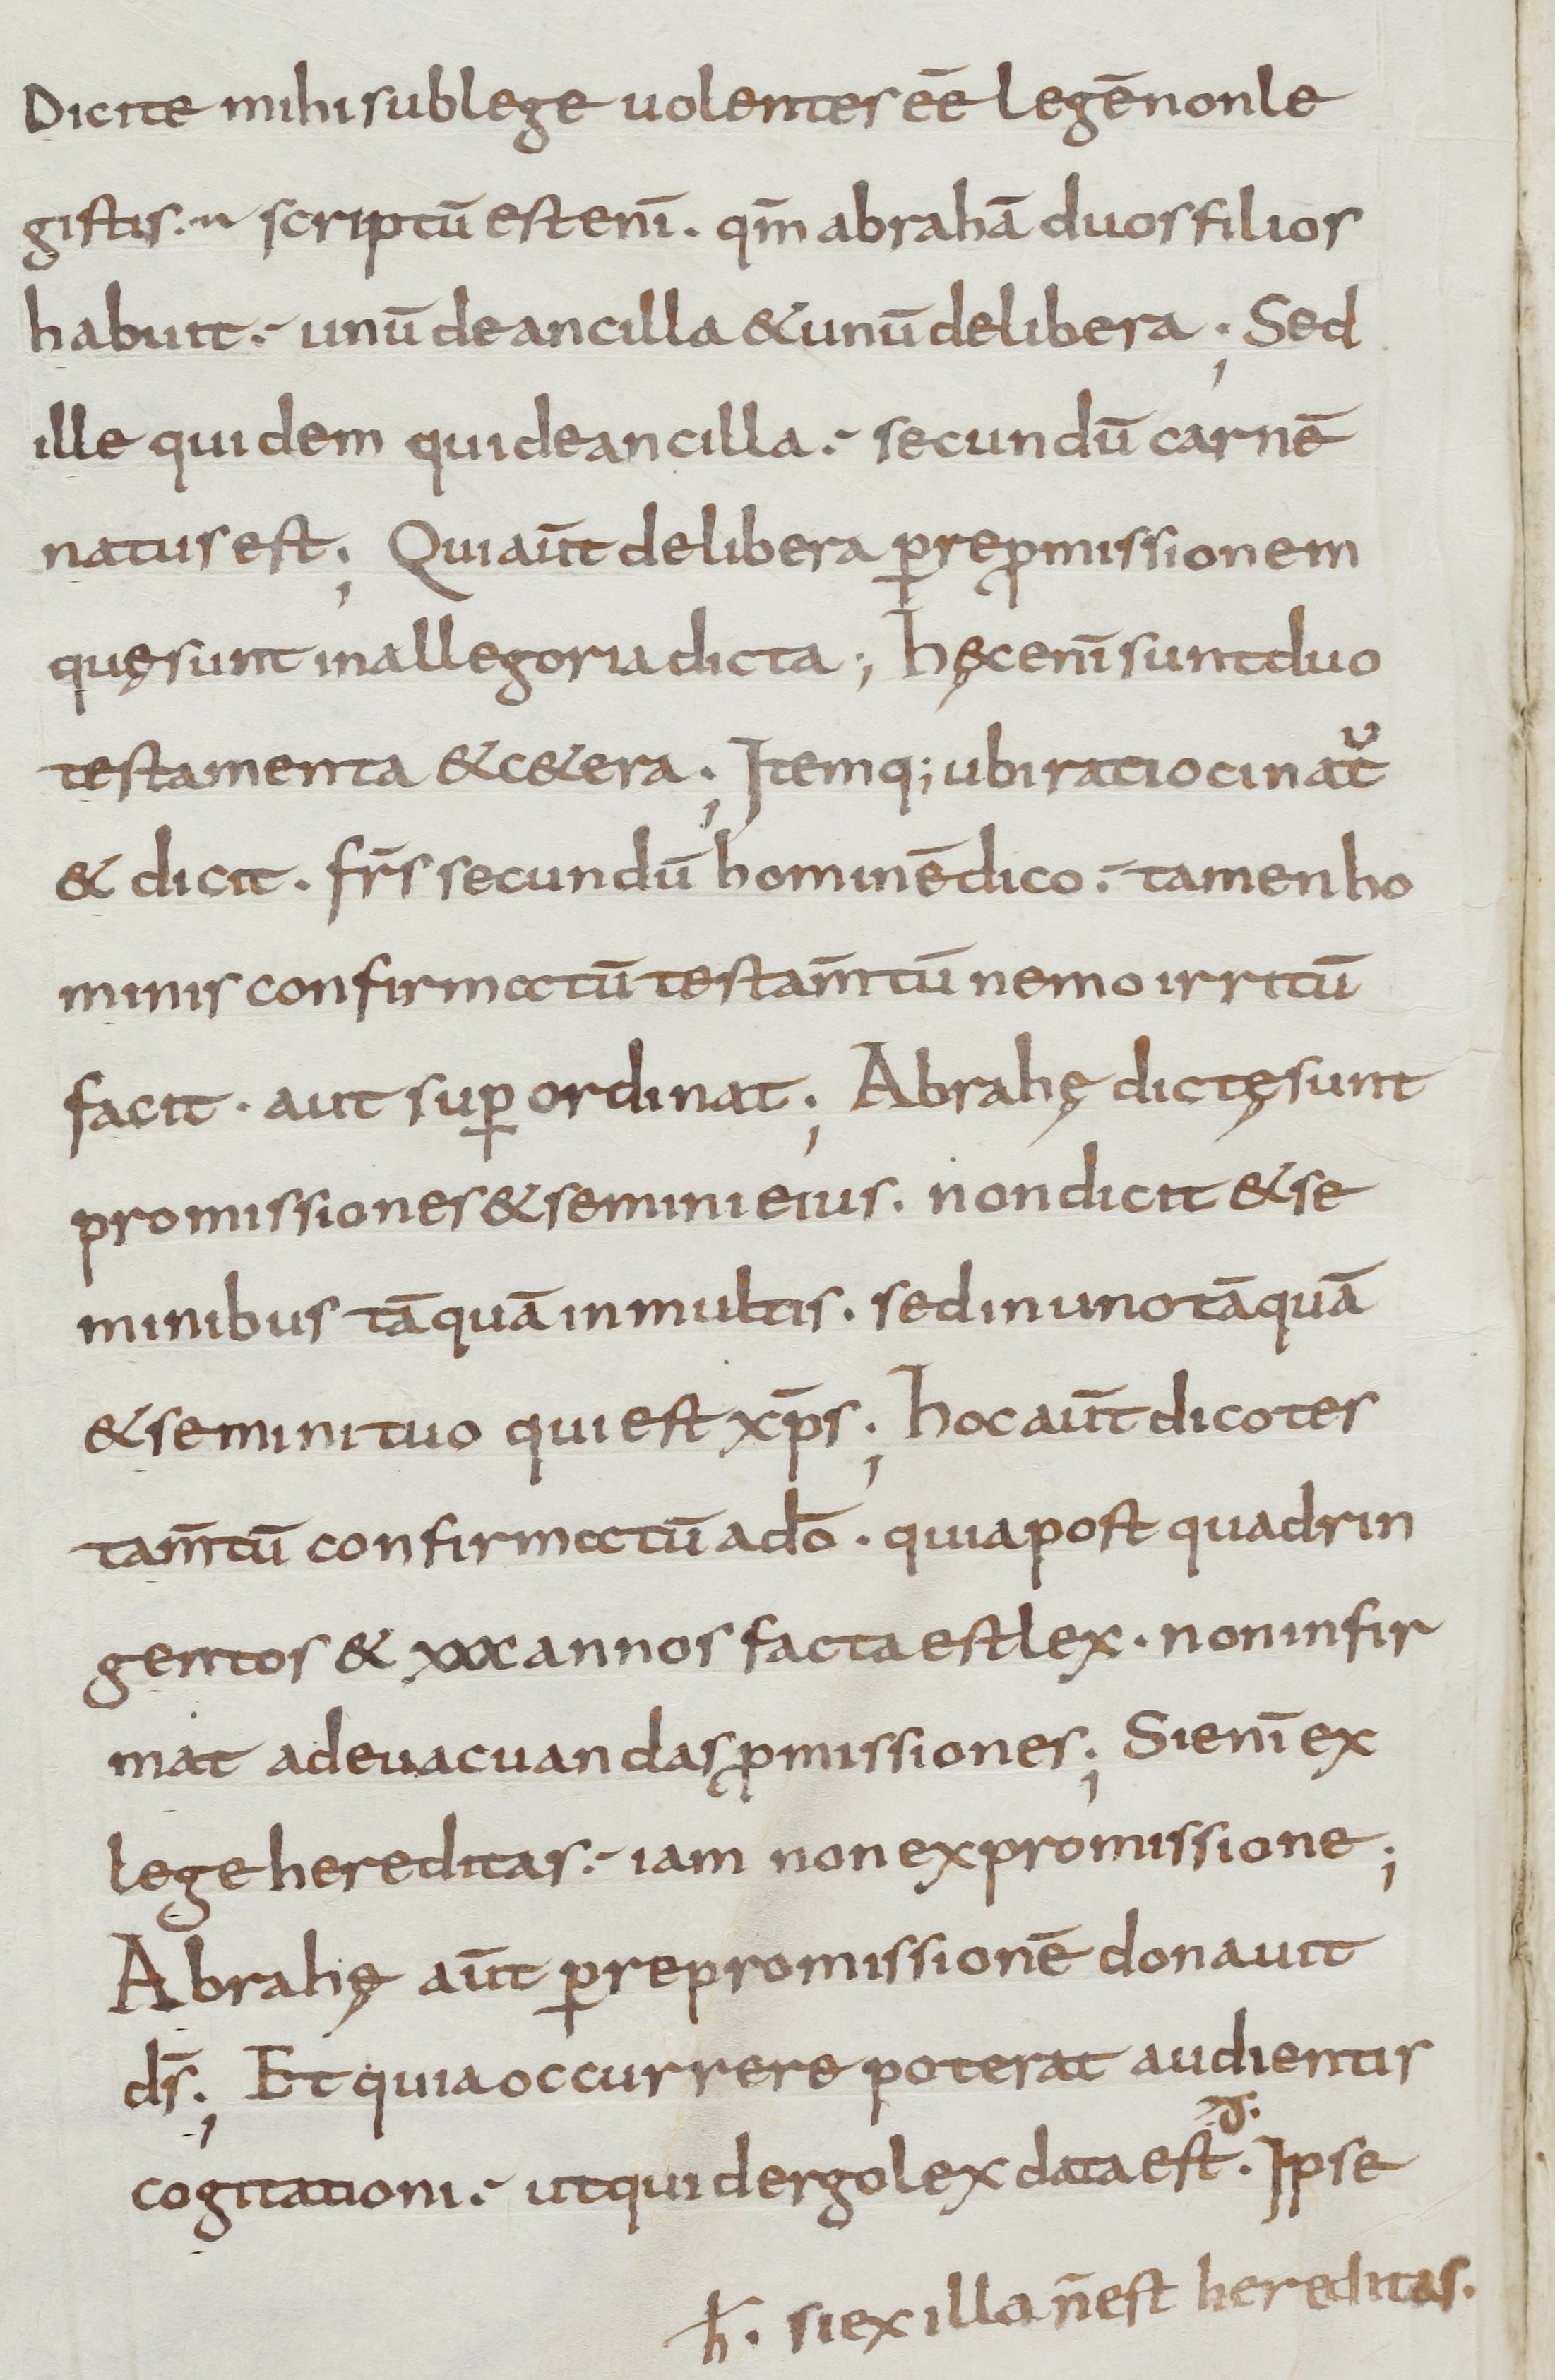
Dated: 800–899